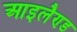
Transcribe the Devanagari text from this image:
आइलैण्‍ड